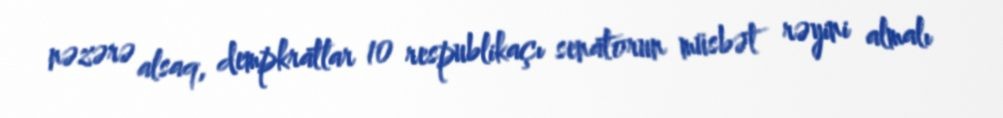
nəzərə alsaq, dempkratlar 10 respublikaçı senatorun müsbət rəyini almalı